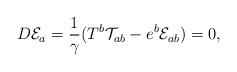
LaTeX: \begin{align*}D{\cal E}_{a}=\frac{1}{\gamma }(T^{b}{\cal T}_{ab}-e^{b}{\cal E}_{ab})=0,\end{align*}